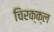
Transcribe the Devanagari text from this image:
चिरक्क्ल